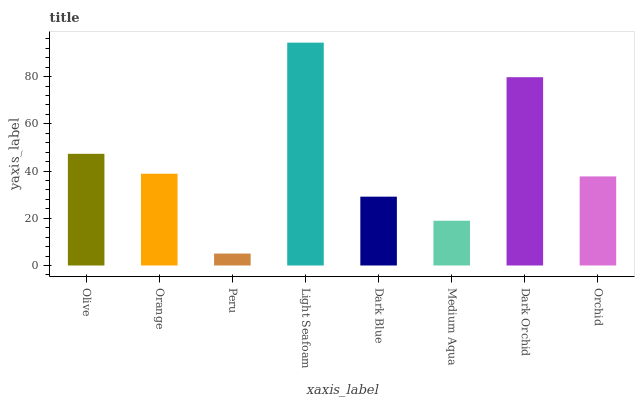
| xaxis_label | bars |
 | --- | --- |
 | Olive | 47.3 |
 | Orange | 38.9 |
 | Peru | 5.05 |
 | Light Seafoam | 94.4 |
 | Dark Blue | 29.2 |
 | Medium Aqua | 19 |
 | Dark Orchid | 79.8 |
 | Orchid | 37.7 |